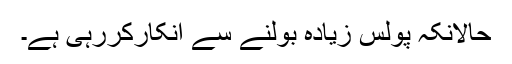
حالانکہ پولس زیادہ بولنے سے انکارکررہی ہے۔